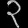
Digit: ၃